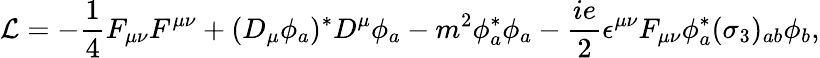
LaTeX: {\cal L}=-{\frac{1}{4}}F_{\mu\nu}F^{\mu\nu}+(D_{\mu}\phi_{a})^{*}D^{\mu}\phi_{a}-m^{2}\phi_{a}^{*}\phi_{a}-{\frac{ie}{2}}\epsilon^{\mu\nu}F_{\mu\nu}\phi_{a}^{*}(\sigma_{3})_{ab}\phi_{b},